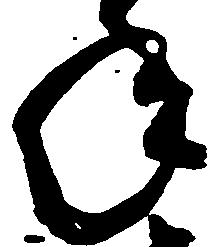
年